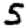
Digit: 5